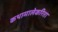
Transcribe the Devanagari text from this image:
कथामालेकरिता